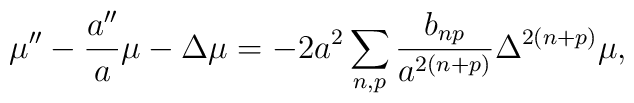
\mu''-\frac{a''}{a}\mu-\Delta\mu= -2a^2\sum _{n,p}\frac{b_{np}}{a^{2(n+p)}}\Delta^{2(n+p)}\mu ,